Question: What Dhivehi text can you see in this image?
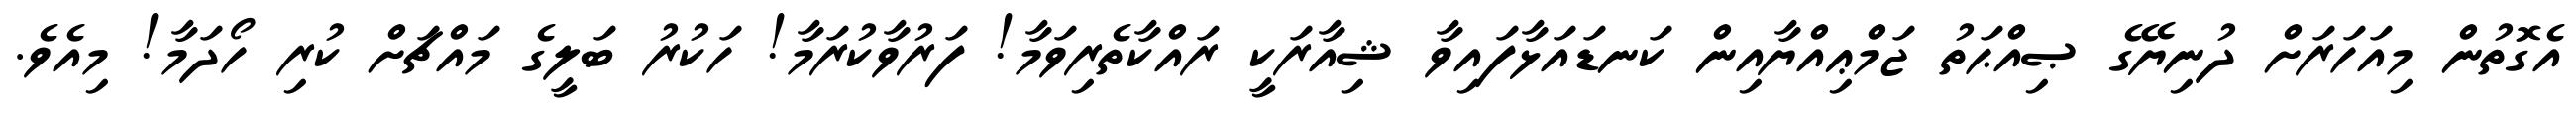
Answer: އެގޮތުން މިއަހަރަށް ދުނިޔޭގެ ޞިއްޙަތު ޖަމްޢިއްޔާއިން ކަނޑައަޅާފައިވާ ޝިއާރަކީ ރައްކާތެރިވަމާ! ފަރުވާކުރަމާ! ހަކުރު ބަލީގެ މައްޗަށް ކުރި ހޯދަމާ! މިއެވެ.